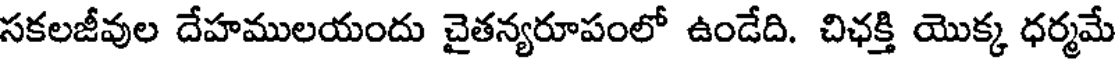
సకలజీవుల దేహములయందు చైతన్యరూపంలో ఉండేది. చిఛక్తి యొక్క ధర్మమే